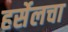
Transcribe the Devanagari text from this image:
हर्सेलचा